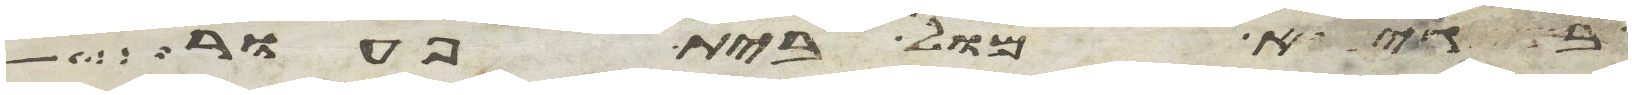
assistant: בגיא מול בית פעור